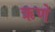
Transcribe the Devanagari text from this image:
ऋणे